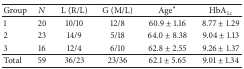
| Group | N | L (R/L) | G (M/L) | Age∗ | HbA1c |
 | --- | --- | --- | --- | --- | --- |
 | 1 | 20 | 10/10 | 12/8 | 60.9 ± 1.16 | 8.77 ± 1.29 |
 | 2 | 23 | 14/9 | 5/18 | 64.0 ± 8.38 | 9.04 ± 1.13 |
 | 3 | 16 | 12/4 | 6/10 | 62.8 ± 2.55 | 9.26 ± 1.37 |
 | Total | 59 | 36/23 | 23/36 | 62.1 ± 5.65 | 9.01 ± 1.34 |